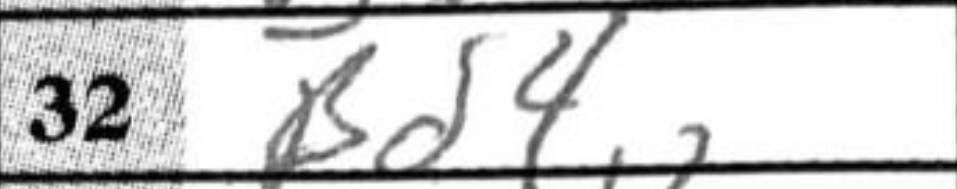
Transcription: Bd4